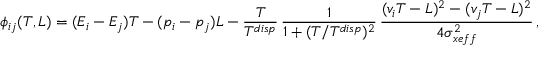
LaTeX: \phi _ { i j } ( T , L ) = ( E _ { i } - E _ { j } ) T - ( p _ { i } - p _ { j } ) L - \frac { T } { T ^ { d i s p } } \, \frac { 1 } { 1 + ( T / T ^ { d i s p } ) ^ { 2 } } \, \frac { ( v _ { i } T - L ) ^ { 2 } - ( v _ { j } T - L ) ^ { 2 } } { 4 \sigma _ { x e f f } ^ { 2 } } \, ,